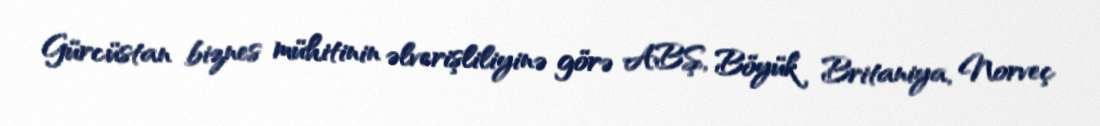
Gürcüstan biznes mühitinin əlverişliliyinə görə ABŞ, Böyük Britaniya, Norveç